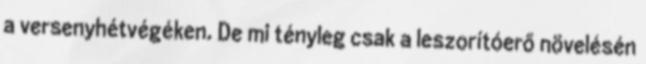
a versenyhétvégéken. De mi tényleg csak a leszorítóerő növelésén